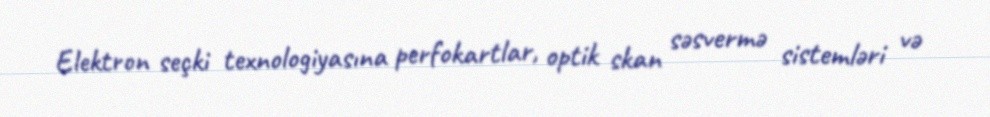
Elektron seçki texnologiyasına perfokartlar, optik skan səsvermə sistemləri və